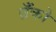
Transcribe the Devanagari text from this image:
ब्रँको